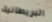
البريطانية